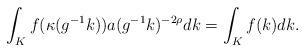
LaTeX: \begin{align*}\int_K f (\kappa (g^{-1} k)) a (g^{-1} k)^{- 2 \rho} d k = \int_K f (k) d k.\end{align*}